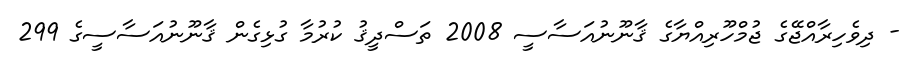
- ދިވެހިރާއްޖޭގެ ޖުމްހޫރިއްޔާގެ ޤާނޫނުއަސާސީ 2008 ތަސްދީޤު ކުރުމާ ގުޅިގެން ޤާނޫނުއަސާސީގެ 299